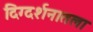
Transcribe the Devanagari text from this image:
दिग्दर्शनातला